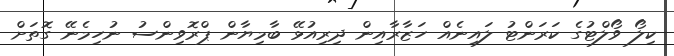
ކިލޯ ވޯލްޓުގެ ކަރަންޓު ލައިނެއް ހަޒާރާއިން ދިރިއުޅޭ ބާމިޔާން ޕްރޮވިންސު ނުހިމެނޭ ގޮތަށް